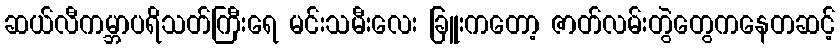
ဆယ်လီကမ္ဘာပရိသတ်ကြီးရေ မင်းသမီးလေး ခြူးကတော့ ဇာတ်လမ်းတွဲတွေကနေတဆင့်